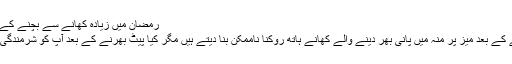
رمضان میں زیادہ کھانے سے بچنے کے 9 طریقے | مکالمہ
سارا دن بھوکا رہنے کے بعد میز پر منہ میں پانی بھر دینے والے کھانے ہاتھ روکنا ناممکن بنا دیتے ہیں مگر کیا پیٹ بھرنے کے بعد آپ کو شرمندگی کا احساس ہوتا ہے؟